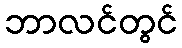
ဘာလင်တွင်